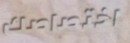
اختصاصك